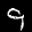
Label: 9